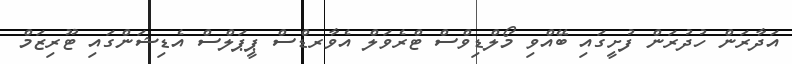
އަދާރަން ހުދުރަން ފުށީގައި ބޭއްވި މޯލްޑިވްސް ޓްރެވަލް އެވާރޑްސް ޕީޕަލްސް އެޑިޝަންގައި ޓޫރިޒަމް